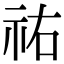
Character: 祐